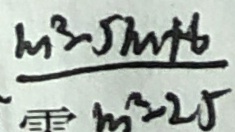
\frac { m ^ { 2 } - 5 m + 6 } { m ^ { 2 } - 2 5 }